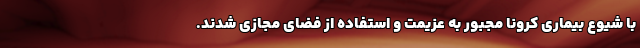
با شیوع بیماری کرونا مجبور به عزیمت و استفاده از فضای مجازی شدند.